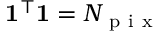
\mathbf { 1 } ^ { \top } \mathbf { 1 } = N _ { \mathrm { ~ p ~ i ~ x ~ } }